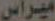
ميراس